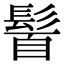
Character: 𩭈